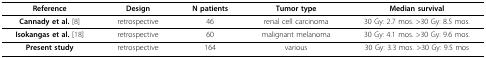
<table><thead><tr><td><b>Reference</b></td><td><b>Design</b></td><td><b>N patients</b></td><td><b>Tumor type</b></td><td><b>Median survival</b></td></tr></thead><tbody><tr><td><b>Cannady et al. </b>[8]</td><td>retrospective</td><td>46</td><td>renal cell carcinoma</td><td>30 Gy: 2.7 mos. &gt;30 Gy: 8.5 mos.</td></tr><tr><td><b>Isokangas et al. </b>[18]</td><td>retrospective</td><td>60</td><td>malignant melanoma</td><td>30 Gy: 4.1 mos. &gt;30 Gy: 9.6 mos.</td></tr><tr><td><b>Present study</b></td><td>retrospective</td><td>164</td><td>various</td><td>30 Gy: 3.3 mos. &gt;30 Gy: 9.5 mos</td></tr></tbody></table>